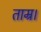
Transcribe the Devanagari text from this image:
ताम्र।